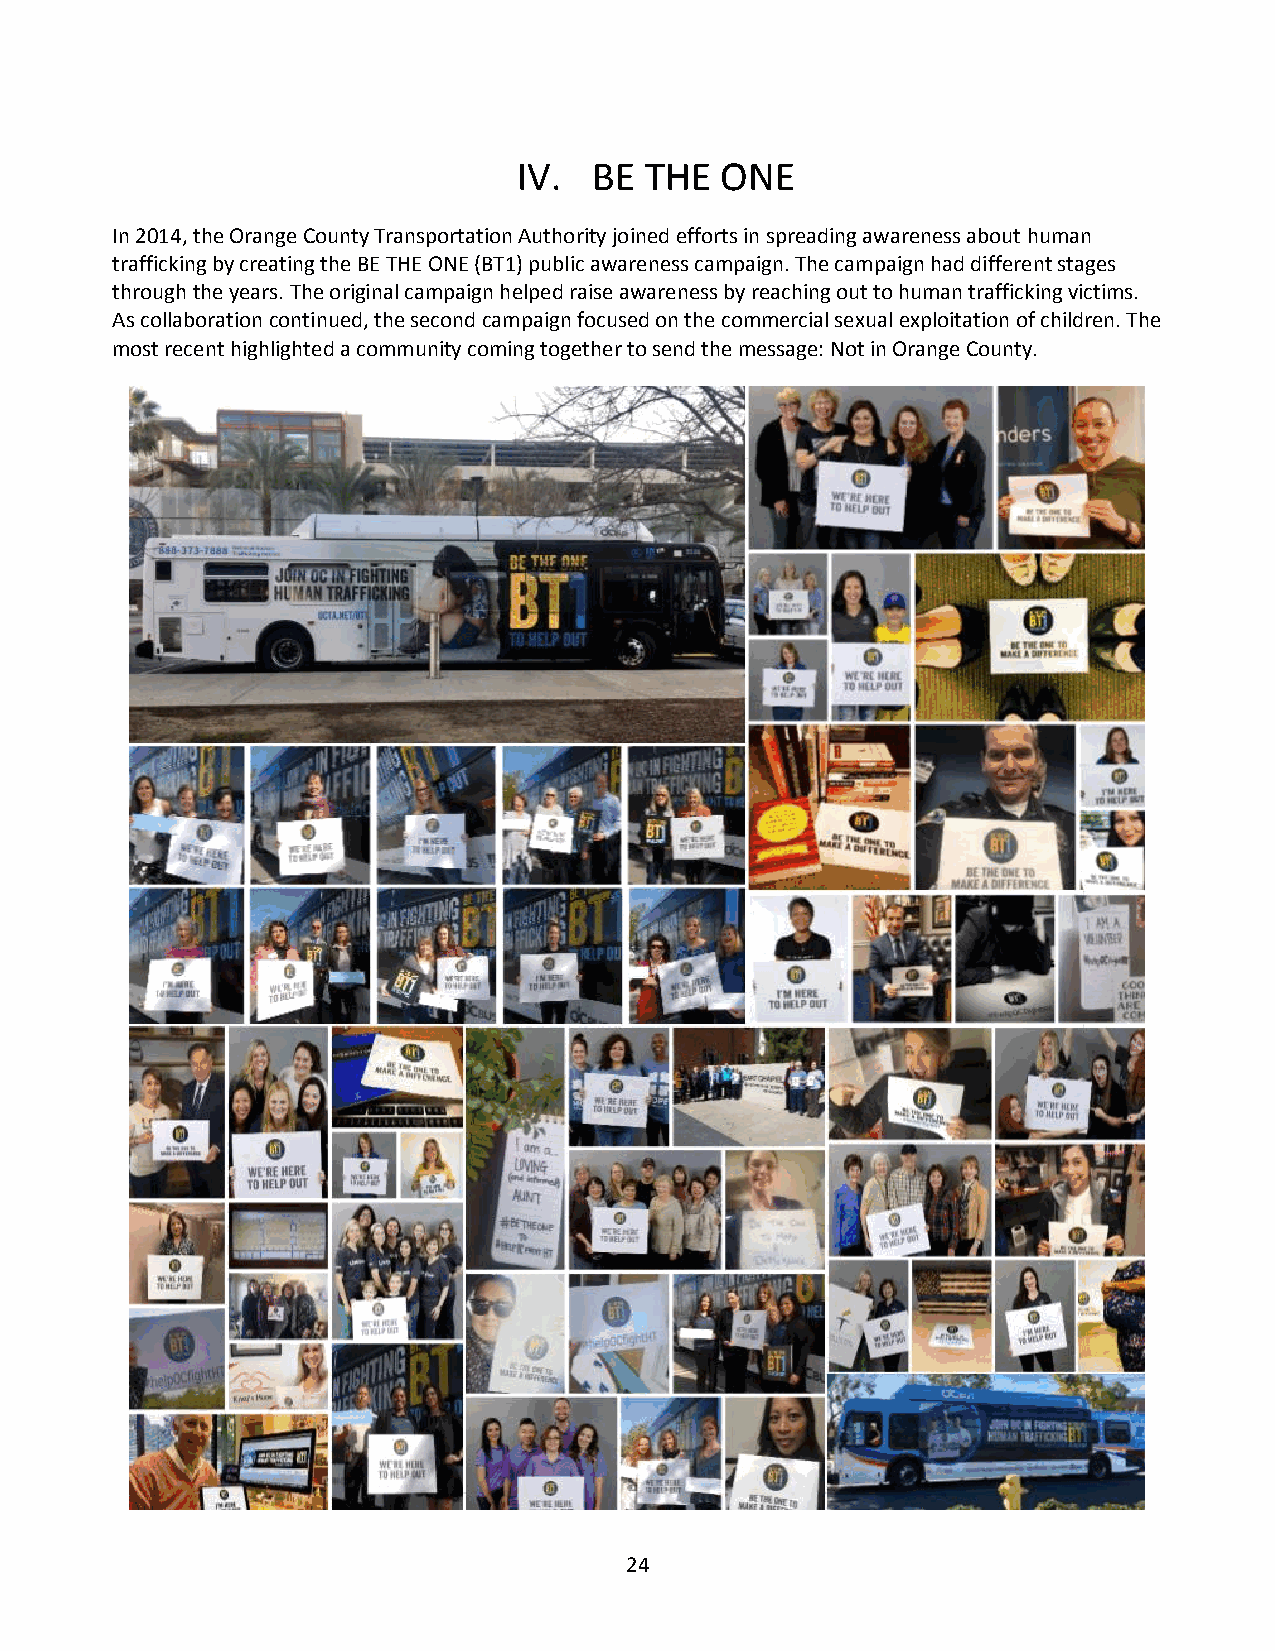
IV.  BE  THE  ONE
 In 2014, the Orange County Transportation Authority joined efforts in spreading awareness about human
 trafficking by creating the BE THE ONE (BT1) public awareness campaign. The campaign had different stages
 through the years. The original campaign helped raise awareness by reaching out to human trafficking victims.
 As collaboration continued, the second campaign focused on the commercial sexual exploitation of children. The
 most recent highlighted a community coming together to send the message: Not in Orange County.
 24